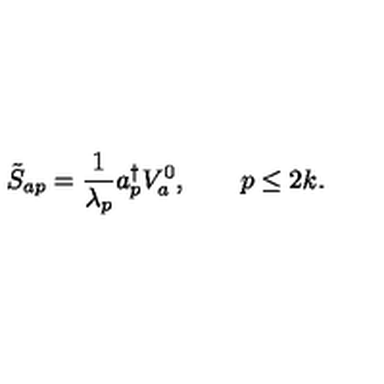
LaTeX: \tilde { S } _ { a p } = { \frac { 1 } { \lambda _ { p } } } a _ { p } ^ { \dagger } V _ { a } ^ { 0 } , \qquad p \le 2 k .